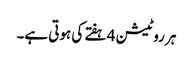
ہر روٹیشن 4 ہفتے کی ہوتی ہے۔